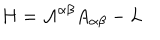
H = { \cal { A } } ^ { \alpha \beta } A _ { \alpha \beta } - L